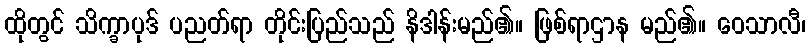
ထိုတွင် သိက္ခာပုဒ် ပညတ်ရာ တိုင်းပြည်သည် နိဒါန်းမည်၏။ ဖြစ်ရာဌာန မည်၏။ ဝေသာလီ၊